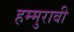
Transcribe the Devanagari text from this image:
हम्मुरावी